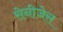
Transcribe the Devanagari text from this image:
सेनीजेस